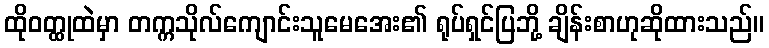
ထိုဝတ္ထုထဲမှာ တက္ကသိုလ်ကျောင်းသူမေအေး၏ ရုပ်ရှင်ပြဘို့ ချိန်းစာဟုဆိုထားသည်။